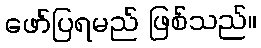
ဖော်ပြရမည် ဖြစ်သည်။